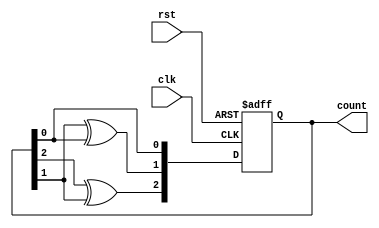
module gray_counter (
    input wire clk,
    input wire rst,
    output reg [2:0] count
);

reg [2:0] next_count;

always @(posedge clk or posedge rst) begin
    if (rst) begin
        count <= 3'b000;
    end else begin
        count <= next_count;
    end
end

always @(*) begin
    next_count[2] = count[2] ^ count[1];
    next_count[1] = count[1] ^ count[0];
    next_count[0] = count[0];
end

endmodule